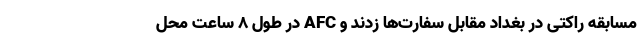
مسابقه راکتی در بغداد مقابل سفارت‌ها زدند و AFC در طول 8 ساعت محل